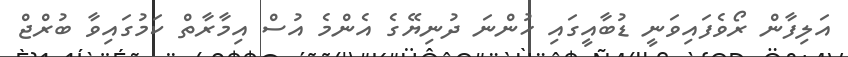
އަލިފާން ރޯވެފައިވަނީ ޑުބާއީގައި ހުންނަ ދުނިޔޭގެ އެންމެ އުސް އިމާރާތް ކަމުގައިވާ ބުރްޖް